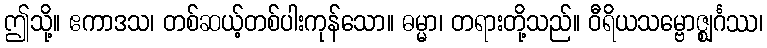
ဤသို့။ ဧကာဒသ၊ တစ်ဆယ့်တစ်ပါးကုန်သော။ ဓမ္မာ၊ တရားတို့သည်။ ဝီရိယသမ္ဗောဇ္ဈင်္ဂဿ၊